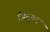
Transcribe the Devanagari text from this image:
सिवुका